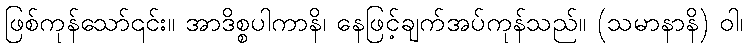
ဖြစ်ကုန်သော်၎င်း။ အာဒိစ္စပါကာနိ၊ နေဖြင့်ချက်အပ်ကုန်သည်။ (သမာနာနိ) ဝါ၊